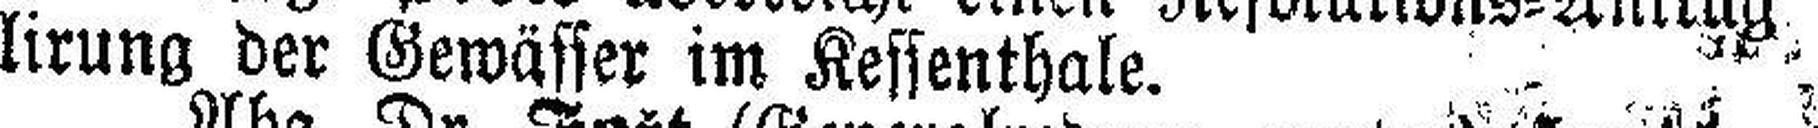
lirung der Gewässer im Kessenthale.